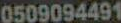
0509094491